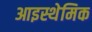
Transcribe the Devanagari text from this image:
आइस्थेमिक